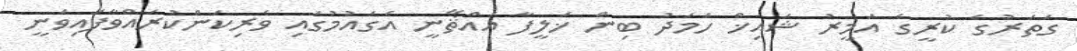
ގަތަރުގެ ކުރީގެ އަމީރު ޝައިޚް ހަމަދު ބިން ޚަލީފާ އައްޘާނީ އެގައުމުގައި ވެރިކަންކުރައްވާފައިވަނީ